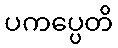
ပကပ္ပေတိ